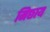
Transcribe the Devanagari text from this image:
मिछाय